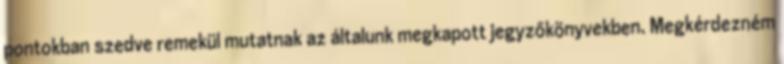
pontokban szedve remekül mutatnak az általunk megkapott jegyzőkönyvekben. Megkérdezném